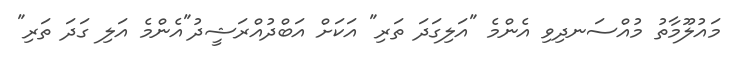
މައުލޫމާތު މުއްސަނދިވި އެންމެ "އަލިގަދަ ތަރި" އަކަށް އަބްދުއްރަޝީދު"އެންމެ އަލި ގަދަ ތަރި"